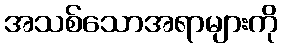
အသစ်သောအရာများကို